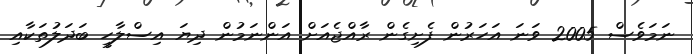
ނަމަވެސް 2005 ވަނަ އަހަރުން ފެށިގެން ރާއްޖެއަށް އަންނަމުން ދިޔަ އިސްލާހީ ބަދަލުތަކާއި